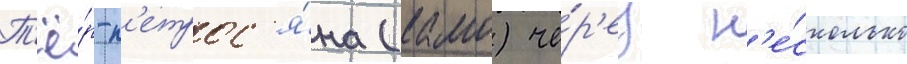
Т'ё́р-п'етрос'я́на (камо) че́р'ез н'е́сколько